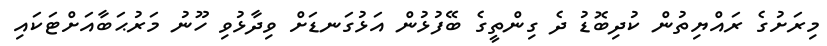
މިރަށުގެ ރައްޔިތުން ކުދިބޮޑު ދެ ގިންތީގެ ބޭފުޅުން އަޅުގަނޑަށް ވިދާޅުވި ހޫނު މަރުޙަބާއަށްޓަކައި